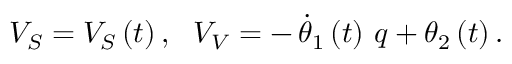
V _ { S } = V _ { S } \left( t \right) , \, \, \, \, V _ { V } = - \, \dot { \theta } _ { 1 } \left( t \right) \, q + \theta _ { 2 } \left( t \right) .